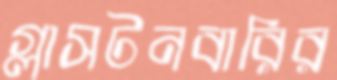
গ্লাসটনবারির